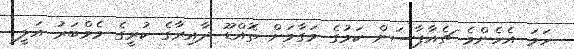
ހަމަ އެހެންމެ ޗެއާޕާސަން ކަމުގެ މަގާމަށް ތޮއްޑޫ ދާއިރާގެ ކުރީގެ މެމްބަރު އަލީ